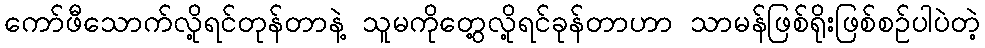
ကော်ဖီသောက်လို့ရင်တုန်တာနဲ့ သူမကိုတွေ့လို့ရင်ခုန်တာဟာ သာမန်ဖြစ်ရိုးဖြစ်စဉ်ပါပဲတဲ့